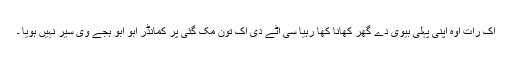
اک رات اوہ اپنی پہلی بیوی دے گھر کھانا کھا رہیا سی آٹے دی اک تون مک گئی پر کمانڈر ابو ابو ہجے وی سیر نہیں ہویا ۔